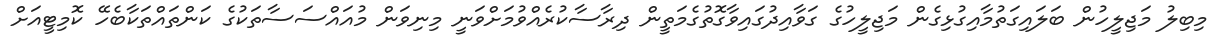
މިބިލު މަޖިލީހުން ބަލައިގަތުމާއިގުޅިގެން މަޖިލީހުގެ ގަވާއިދުގައިވާގޮތުގެމަތީން ދިރާސާކުރެއްވުމަށްވަނީ މިނިވަން މުއައްސަސާތަކުގެ ކަންތައްތަކާބެހޭ ކޮމިޓީއަށް